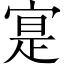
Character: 寔